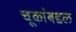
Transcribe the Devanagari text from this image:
चूकांबद्दल